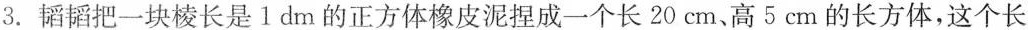
3.韬韬把一块棱长是1dm的正方体橡皮泥捏成一个长20cm、高5cm的长方体，这个长